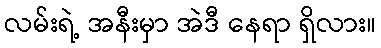
လမ်းရဲ့ အနီးမှာ အဲဒီ နေရာ ရှိလား။